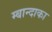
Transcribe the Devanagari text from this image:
म्बान्दाका